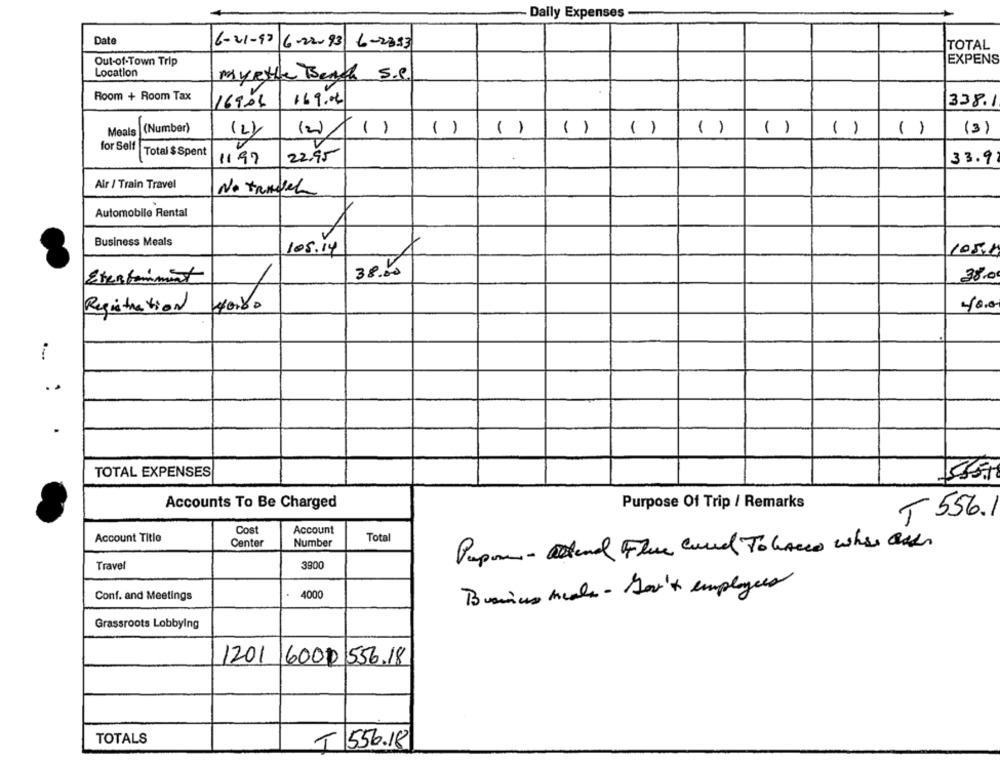
Daily Expenses.
Date
6-21-90 6-22093 6-2333
TOTAL
Out-of-Town Trip
EXPENS
Location
myethe Bench s.S.
Room + Room Tax
16906
169.04
338.1
(Number)
-
( )
( )
( )
( )
( )
()
(3)
Meals
(2)
(2)
()
( )
for Self
Total $ Spent
1197
22.95
33.9
Air / Train Travel
No tradel
Automobile Rental
Business Meals
105 . 14
105.4
Eterforment
38.0
40.0
Registration
TOTAL EXPENSES
Purpose Of Trip / Remarks
Accounts To Be Charged
T 556.
Cost
Account
Account Title
Tota
Center
Number
Pupone - attend Flue cured Tobacco who are
Travel
3900
Conf. and Meetings
4000
Busines meals - Gov't employees
Grassroots Lobbying
1201
6000 556.18
TOTALS
T 556.18